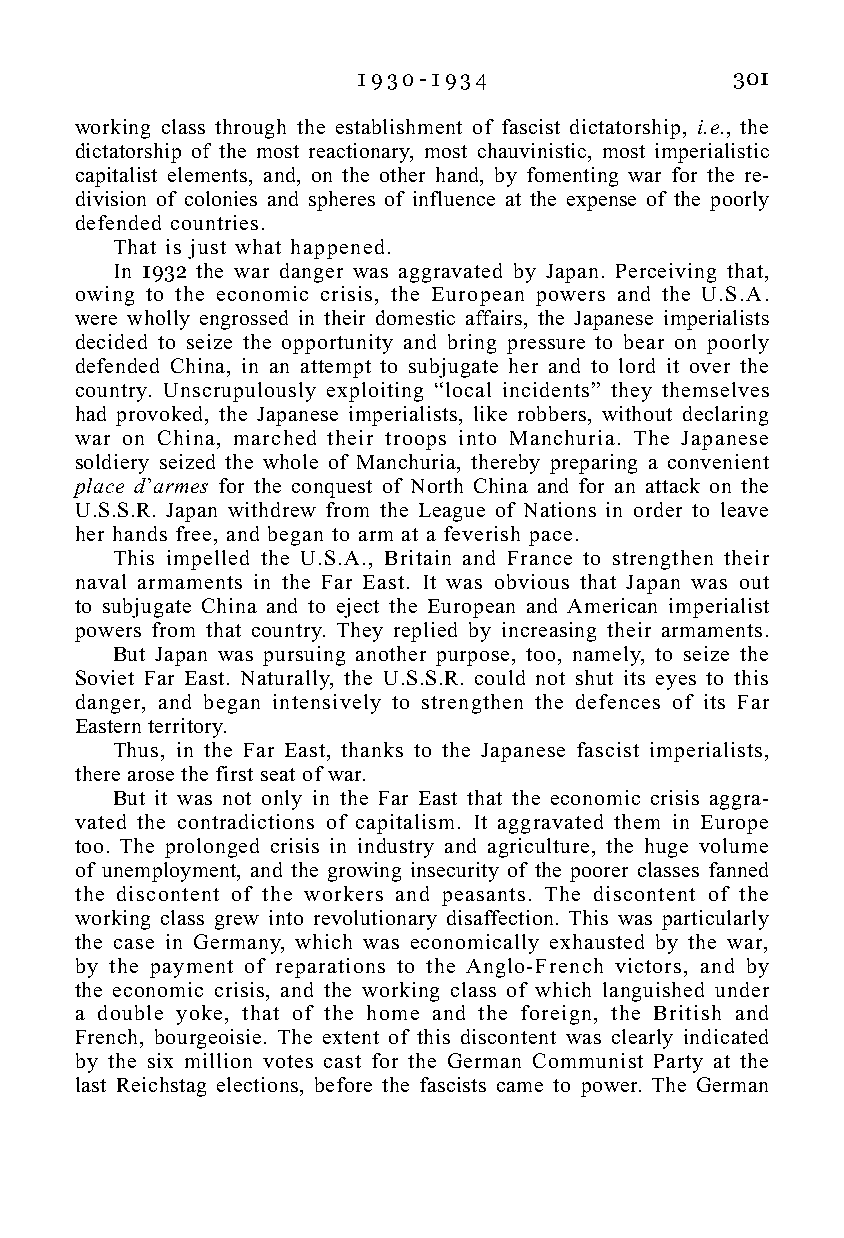
1 9 3 0 - 1 9 3 4        301
 working class through the establishment of fascist dictatorship, i.e., the
 dictatorship of the most reactionary, most chauvinistic, most imperialistic
 capitalist elements, and, on the other hand, by fomenting war for the re-
 division of colonies and spheres of influence at the expense of the poorly
 defended countries.
 That is just what happened.
 In 1932 the war danger was aggravated by Japan. Perceiving that,
 owing to the economic crisis, the European powers and the U.S.A.
 were wholly engrossed in their domestic affairs, the Japanese imperialists
 decided to seize the opportunity and bring pressure to bear on poorly
 defended China, in an attempt to subjugate her and to lord it over the
 country. Unscrupulously exploiting “local incidents” they themselves
 had provoked, the Japanese imperialists, like robbers, without declaring
 war on China, marched their troops into Manchuria. The Japanese
 soldiery seized the whole of Manchuria, thereby preparing a convenient
 place d’armes for the conquest of North China and for an attack on the
 U.S.S.R. Japan withdrew from the League of Nations in order to leave
 her hands free, and began to arm at a feverish pace.
 This impelled the U.S.A., Britain and France to strengthen their
 naval armaments in the Far East. It was obvious that Japan was out
 to subjugate China and to eject the European and American imperialist
 powers from that country. They replied by increasing their armaments.
 But Japan was pursuing another purpose, too, namely, to seize the
 Soviet Far East. Naturally, the U.S.S.R. could not shut its eyes to this
 danger, and began intensively to strengthen the defences of its Far
 Eastern territory.
 Thus, in the Far East, thanks to the Japanese fascist imperialists,
 there arose the first seat of war.
 But it was not only in the Far East that the economic crisis aggra-
 vated the contradictions of capitalism. It aggravated them in Europe
 too. The prolonged crisis in industry and agriculture, the huge volume
 of unemployment, and the growing insecurity of the poorer classes fanned
 the discontent of the workers and peasants. The discontent of the
 working class grew into revolutionary disaffection. This was particularly
 the case in Germany, which was economically exhausted by the war,
 by the payment of reparations to the Anglo-French victors, and by
 the economic crisis, and the working class of which languished under
 a double yoke, that of the home and the foreign, the British and
 French, bourgeoisie. The extent of this discontent was clearly indicated
 by the six million votes cast for the German Communist Party at the
 last Reichstag elections, before the fascists came to power. The German